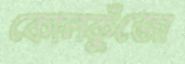
কোলকুুঁজো